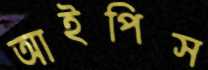
আইপিস